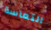
التعاسة